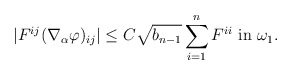
\begin{align*}|F^{ij} (\nabla_\alpha \varphi)_{ij}| \leq C \sqrt{b_{n-1}} \sum_{i=1}^n F^{ii} \mbox{ in } \omega_1.\end{align*}